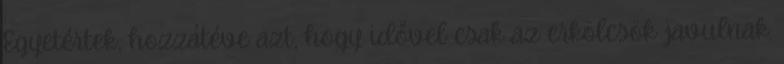
Egyetértek, hozzátéve azt, hogy idővel csak az erkölcsök javulnak.